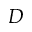
D